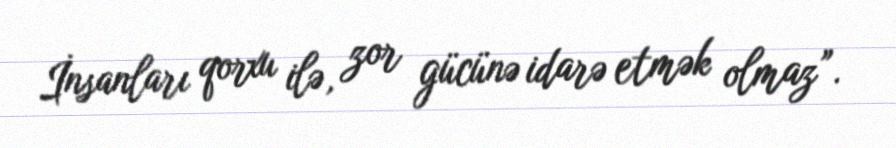
İnsanları qorxu ilə, zor gücünə idarə etmək olmaz”.